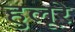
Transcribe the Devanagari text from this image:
हुलूरे